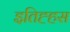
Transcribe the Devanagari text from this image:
इतिह्हस